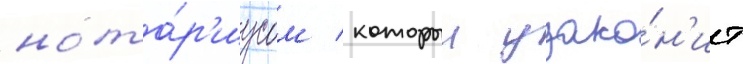
нота́р'иусом / которыи узако́н'ит